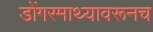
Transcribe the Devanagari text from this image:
डोंगरमाथ्यावरूनच